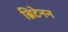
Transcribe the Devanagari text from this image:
ब्रिटेनन